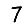
Digit: 7